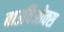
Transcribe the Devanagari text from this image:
बाउविओक्स